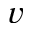
v